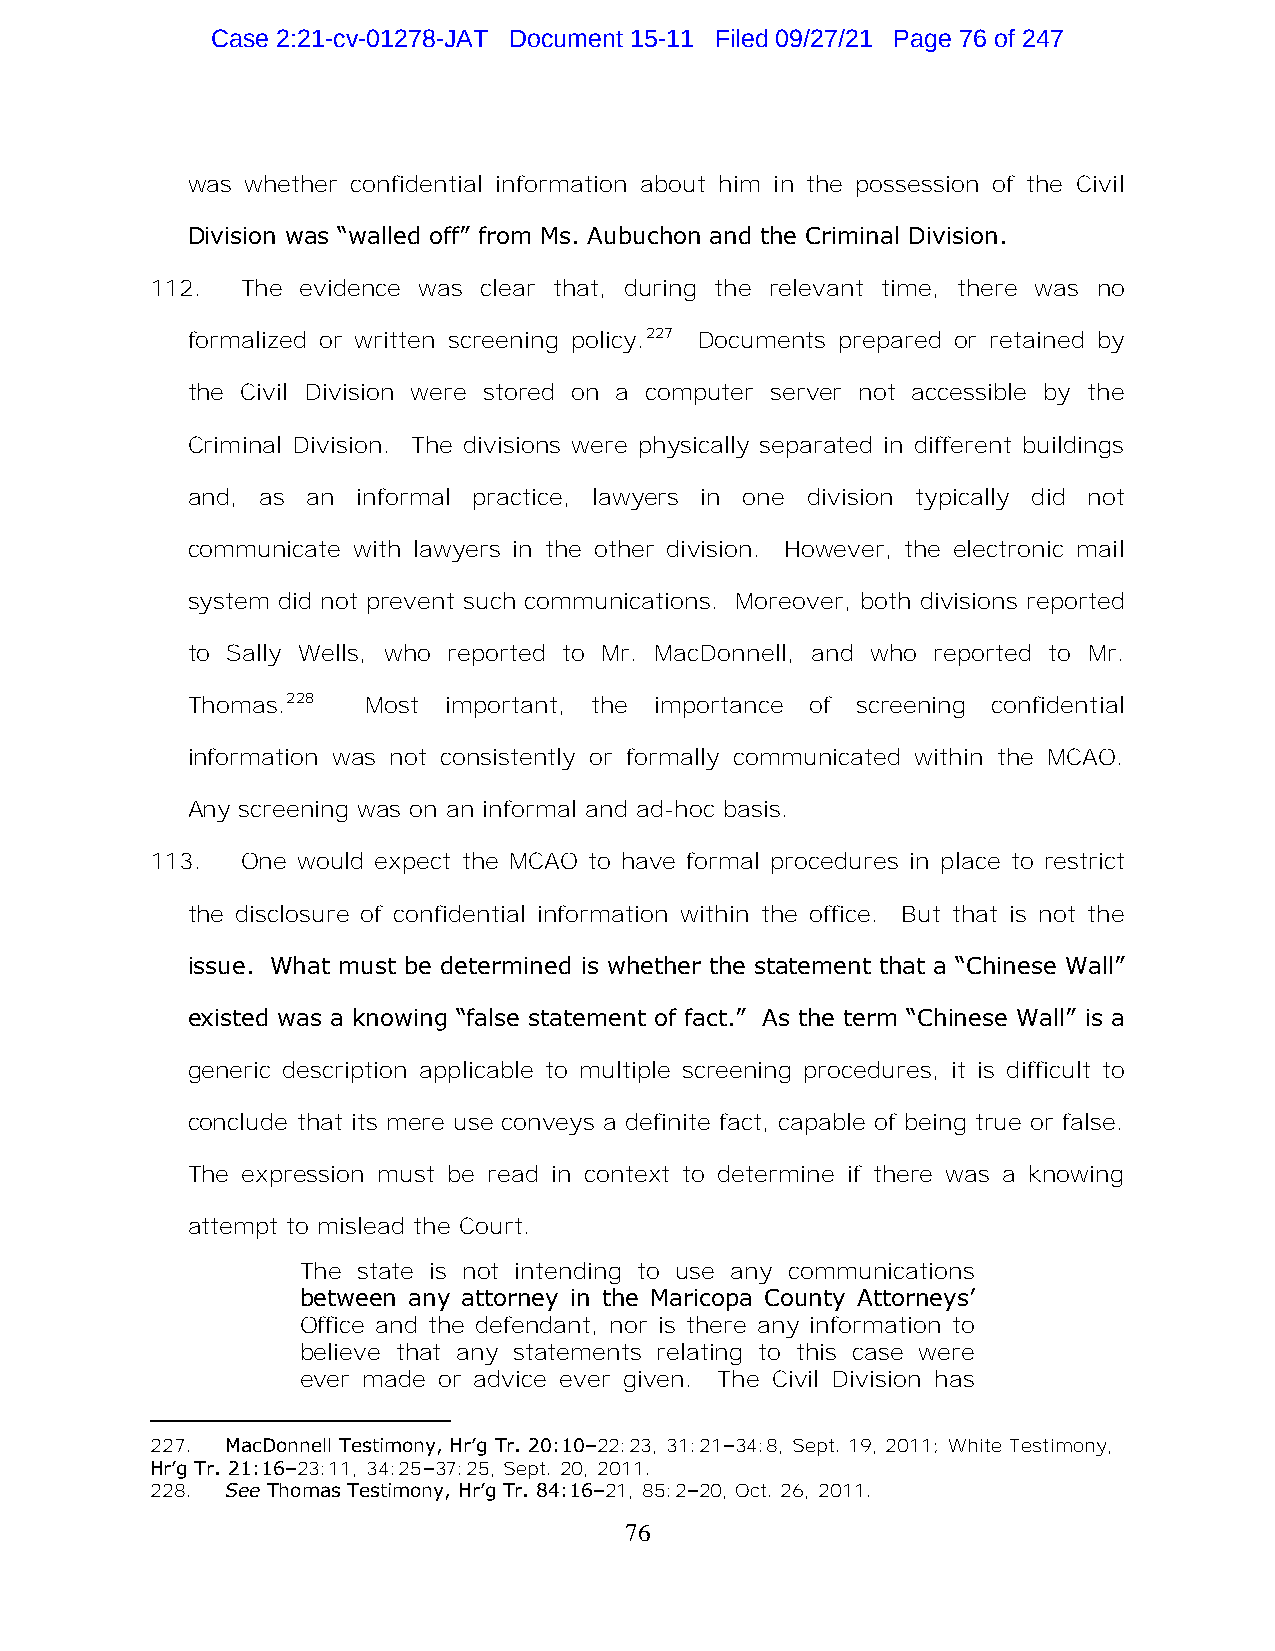
Case 2:21-cv-01278-JAT Document 15-11 Filed 09/27/21 Page 76 of 247
 was whether confidential information about him in the possession of the Civil
 Division was “walled off” from Ms. Aubuchon and the Criminal Division.
 112.  The evidence was clear that, during the relevant time, there was no
 formalized or written screening policy.227 Documents prepared or retained by
 the Civil Division were stored on a computer server not accessible by the
 Criminal Division. The divisions were physically separated in different buildings
 and, as an  informal practice, lawyers in one division typically did not
 communicate with lawyers in the other division. However, the electronic mail
 system did not prevent such communications. Moreover, both divisions reported
 to Sally Wells, who reported to Mr. MacDonnell, and who reported to Mr.
 Thomas.228  Most important, the importance of screening confidential
 information was not consistently or formally communicated within the MCAO.
 Any screening was on an informal and ad-hoc basis.
 113.  One would expect the MCAO to have formal procedures in place to restrict
 the disclosure of confidential information within the office. But that is not the
 issue. What must be determined is whether the statement that a “Chinese Wall”
 existed was a knowing “false statement of fact.” As the term “Chinese Wall” is a
 generic description applicable to multiple screening procedures, it is difficult to
 conclude that its mere use conveys a definite fact, capable of being true or false.
 The expression must be read in context to determine if there was a knowing
 attempt to mislead the Court.
 The state is not intending to use any communications
 between any attorney in the Maricopa County Attorneys’
 Office and the defendant, nor is there any information to
 believe that any statements relating to this case were
 ever made or advice ever given. The Civil Division has
 227. MacDonnell Testimony, Hr’g Tr. 20:10–22:23, 31:21–34:8, Sept. 19, 2011; White Testimony,
 Hr’g Tr. 21:16–23:11, 34:25–37:25, Sept. 20, 2011.
 228. See Thomas Testimony, Hr’g Tr. 84:16–21, 85:2–20, Oct. 26, 2011.
 76